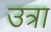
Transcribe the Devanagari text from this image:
उत्रा